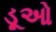
ડૂઓ